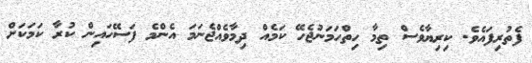
ފެތުރިފައެވެ. ކިރިޔާވެސް ތިމާ ހިތްހަމަނުޖެހޭ ކަމެއް ދިމާވެއްޖެނަމަ އެންމެ ފަސޭހައިން ކުރާ ކަމަކަށް